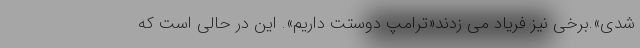
شدی».برخی نیز فریاد می زدند«ترامپ دوستت داریم». این در حالی است که